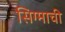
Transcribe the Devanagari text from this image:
सिग्माची